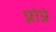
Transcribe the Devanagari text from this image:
प्रोप्रे